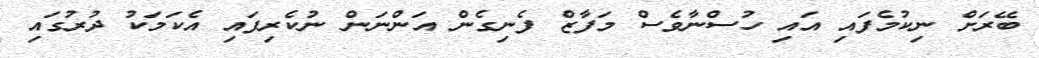
ބޭރަށް ނިކުމެފައި އައި ހުސްނާވެސް މަފާޒް ފެނިގެން އަންނަން ނުކެރިފައި އެކަމަކު ދުރުގައި